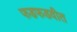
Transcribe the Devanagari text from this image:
फडफडवीत